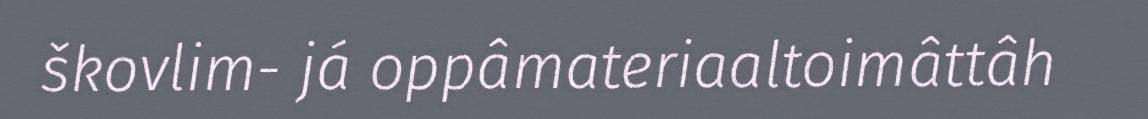
škovlim- já oppâmateriaaltoimâttâh